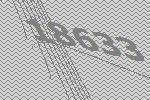
18633